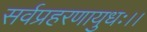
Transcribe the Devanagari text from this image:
सर्वप्रहरणायुधः।।